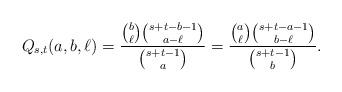
LaTeX: \begin{align*}Q_{s,t}(a,b,\ell)=\frac{{b\choose \ell}{s+t-b-1\choose a-\ell}}{{s+t-1\choose a}}=\frac{{a\choose \ell}{s+t-a-1\choose b-\ell}}{{s+t-1\choose b}}.\end{align*}